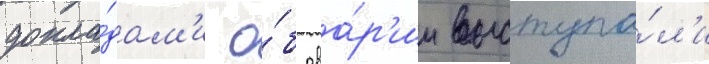
докла́дам'и о́б ава́р'ии выступа́л'и